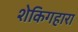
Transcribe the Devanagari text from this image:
शेकिगहारा